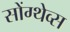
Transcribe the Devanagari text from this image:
सोंग्थेव्स